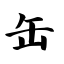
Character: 缶